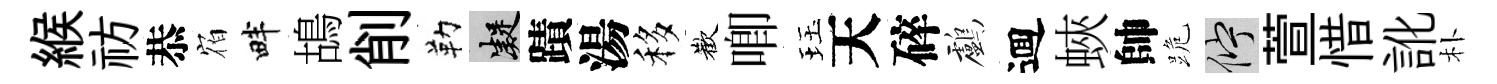
緱祊恭𪧐畔鴣削勒凝蹟湯移歡唧珏天碎鸕逥蛺帥跪伫萱惜訛朴